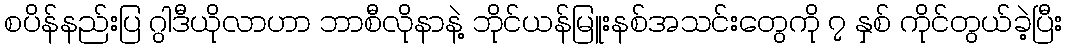
စပိန်နည်းပြ ဂွါဒီယိုလာဟာ ဘာစီလိုနာနဲ့ ဘိုင်ယန်မြူးနစ်အသင်းတွေကို ၇ နှစ် ကိုင်တွယ်ခဲ့ပြီး